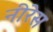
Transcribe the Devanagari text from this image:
नीरेस